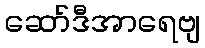
ဆော်ဒီအာရေဗျ